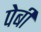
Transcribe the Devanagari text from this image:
पेबी